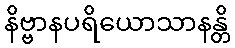
နိဗ္ဗာနပရိယောသာနန္တိ